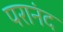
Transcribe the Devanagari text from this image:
परानंद